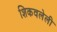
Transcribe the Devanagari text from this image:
शिकवलेली